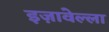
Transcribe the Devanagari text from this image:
इज़ावेल्ला